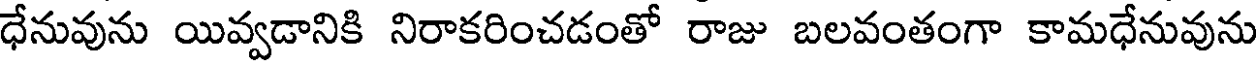
ధేనువును యివ్వడానికి నిరాకరించడంతో రాజు బలవంతంగా కామధేనువును